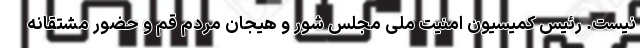
نیست. رئیس کمیسیون امنیت ملی مجلس شور و هیجان مردم قم و حضور مشتقانه